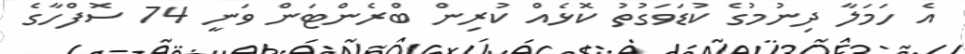
އެ ހަމަލާ ދިނުމުގެ ކުޑަވަގުތު ކޮޅެއް ކުރިން ބްރެންޓަން ވަނީ 74 ސޮފްހާގެ